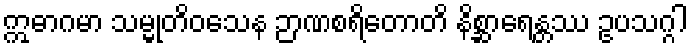
ဣဓာဂမာ သမ္မုတိဝသေန ဉာဏစရိတောတိ နိစ္ဆာရေန္တဿ ဥပသဂ္ဂါ